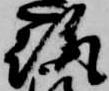
趣